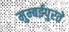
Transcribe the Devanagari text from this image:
मुम्बईपुरते